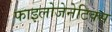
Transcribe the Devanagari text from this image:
फाइलोजेनेटिक्स